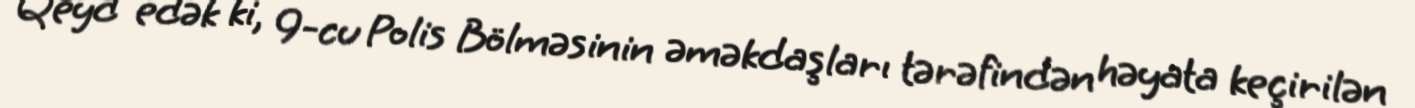
Qeyd edək ki, 9-cu Polis Bölməsinin əməkdaşları tərəfindən həyata keçirilən